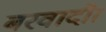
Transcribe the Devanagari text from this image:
बरवादी।